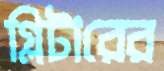
গ্লিটারের